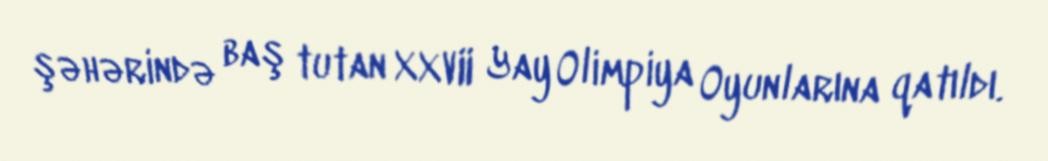
şəhərində baş tutan XXVII Yay Olimpiya Oyunlarına qatıldı.